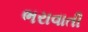
ભરાવાતી